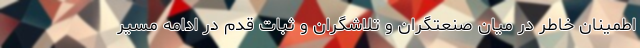
اطمينان خاطر در ميان صنعتگران و تلاشگران و ثبات قدم در ادامه مسير